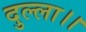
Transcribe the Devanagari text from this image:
दुल्ला।।